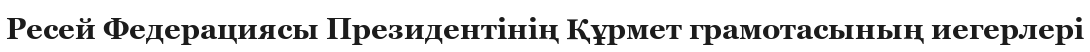
Ресей Федерациясы Президентінің Құрмет грамотасының иегерлері